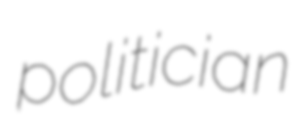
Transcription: politician